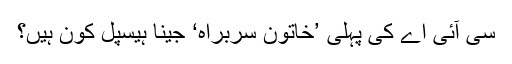
سی آئی اے کی پہلی ’خاتون سربراہ‘ جینا ہیسپل کون ہیں؟